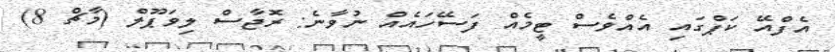
އެފްއޭ ކަޕްގައި އެއްވެސް ޓީމެއް ފަސޭހައެއް ނުވާނެ: ރޮޖާސް ލިވަޕޫލް (މާޗް 8)